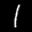
Label: 1